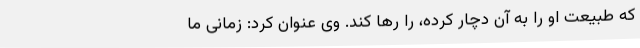
که طبیعت او را به آن دچار کرده، را رها کند. وی عنوان کرد: زمانی ما